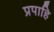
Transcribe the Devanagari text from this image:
प्रपाहि